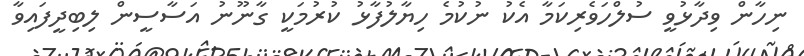
ނިހާން ވިދާޅުވީ ސުލްހަވެރިކަމާ އެކު ނުކުމެ ހިޔާލުފާޅު ކުރުމަކީ ގާނޫނު އަސާސީން ލިބިދީފައިވާ